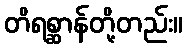
တိရစ္ဆာန်တို့တည်း။